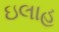
ઇલાહ